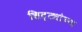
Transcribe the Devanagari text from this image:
शिट्ट्यांच्या